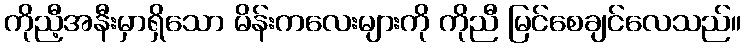
ကိုညီ့အနီးမှာရှိသော မိန်းကလေးများကို ကိုညီ မြင်စေချင်လေသည်။